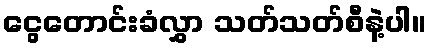
ငွေတောင်းခံလွှာ သတ်သတ်စီနဲ့ပါ။